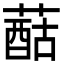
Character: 䔯